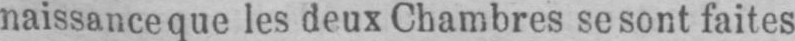
naissance que les deux Chambres se sont faites